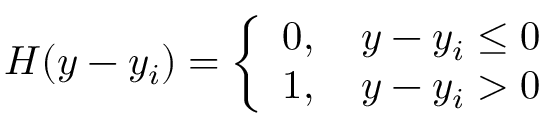
H ( y - y _ { i } ) = \left\{ \begin{array} { l l } { 0 , \quad y - y _ { i } \leq 0 } \\ { 1 , \quad y - y _ { i } > 0 } \end{array} \right.